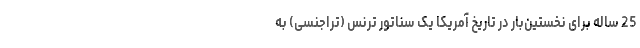
25 ساله برای نخستین‌بار در تاریخ آمریکا یک سناتور ترنس (تراجنسی) به